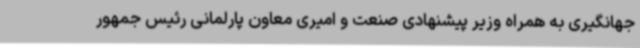
جهانگیری به همراه وزیر پیشنهادی صنعت و امیری معاون پارلمانی رئیس جمهور